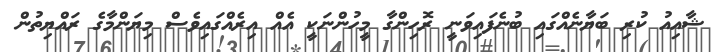
ޝާއިއު ކުރި ބަޔާނެއްގައި ބުނެފައިވަނީ ރޮހިންގާ މީހުންނަކީ އެއް އިރެއްގައިވެސް މިޔަންމާގެ ރައްޔިތުން